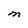
Character: M